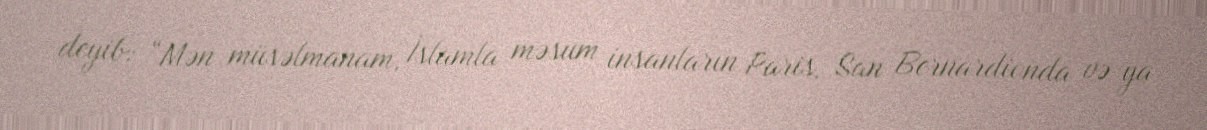
deyib: “Mən müsəlmanam, İslamla məsum insanların Paris, San Bernardionda və ya